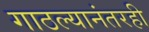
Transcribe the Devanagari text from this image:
गाठल्यानंतरही